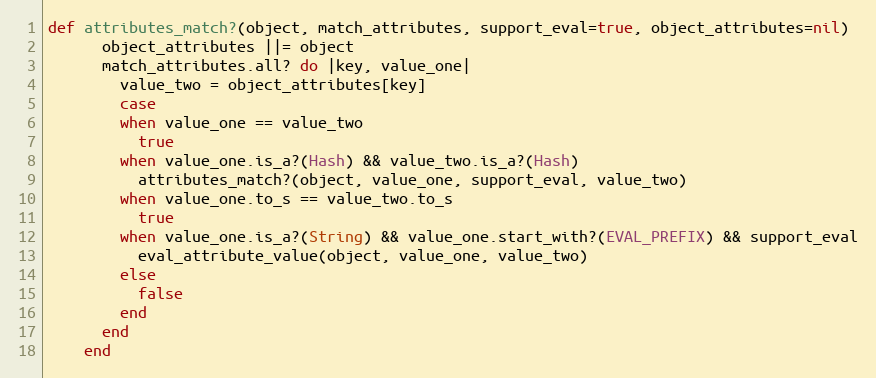
Language: Ruby
def attributes_match?(object, match_attributes, support_eval=true, object_attributes=nil)
      object_attributes ||= object
      match_attributes.all? do |key, value_one|
        value_two = object_attributes[key]
        case
        when value_one == value_two
          true
        when value_one.is_a?(Hash) && value_two.is_a?(Hash)
          attributes_match?(object, value_one, support_eval, value_two)
        when value_one.to_s == value_two.to_s
          true
        when value_one.is_a?(String) && value_one.start_with?(EVAL_PREFIX) && support_eval
          eval_attribute_value(object, value_one, value_two)
        else
          false
        end
      end
    end